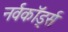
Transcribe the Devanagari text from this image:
नर्वकॉर्ड्स